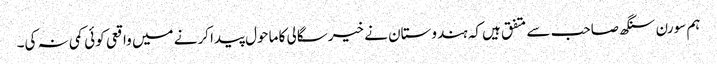
ہم سورن سنگھ صاحب سے متفق ہیں کہ ہندوستان نے خیرسگالی کا ماحول پیدا کرنے میں واقعی کوئی کمی نہ کی۔